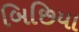
બિછિયા